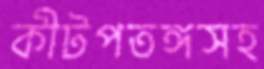
কীটপতঙ্গসহ